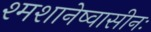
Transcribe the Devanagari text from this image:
श्मशानेष्वासीनः